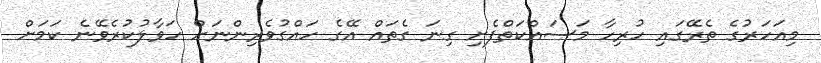
މިއަހަރުގެ ތެރޭގައި ހުރިހާ މަސައްކަތްފެށި ގިނަ ގެތައް އޭގެ ހައްގުވެރިންނަށް ހަވާލުކުރެވޭނެ ކަމަށް